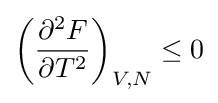
{\biggl (}{\frac {\partial ^{2}F}{\partial T^{2}}}{\biggr )}_{V,N}\leq 0